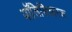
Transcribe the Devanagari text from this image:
पॉलिसिधारक